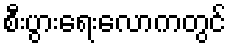
စီးပွားရေးလောကတွင်